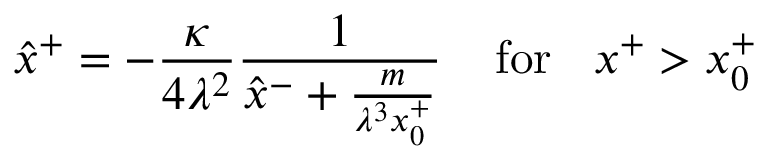
\hat { x } ^ { + } = - \frac { \kappa } { 4 \lambda ^ { 2 } } \frac { 1 } { \hat { x } ^ { - } + \frac { m } { \lambda ^ { 3 } x _ { 0 } ^ { + } } } \: \: \: \: \: \mathrm { f o r } \: \: \: \: x ^ { + } > x _ { 0 } ^ { + }